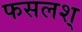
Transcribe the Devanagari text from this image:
फसलश्